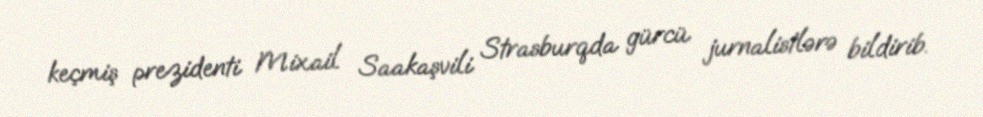
keçmiş prezidenti Mixail Saakaşvili Strasburqda gürcü jurnalistlərə bildirib.